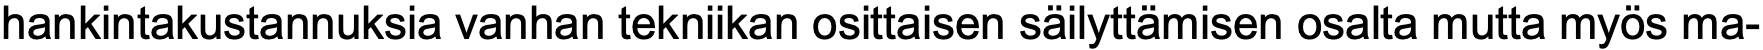
hankintakustannuksia vanhan tekniikan osittaisen säilyttämisen osalta mutta myös ma-